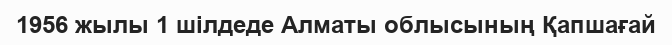
1956 жылы 1 шілдеде Алматы облысының Қапшағай